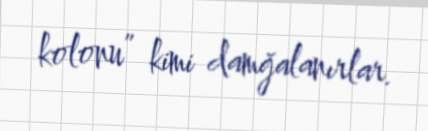
kolonu” kimi damğalanırlar.